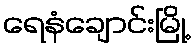
ရေနံချောင်းမြို့